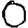
Digit: 0